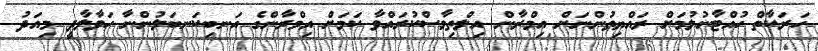
ހަރަކާތް ހުއްޓާނުލުމަށް ރައްޔިތުންނަށް އިމްރާން އިލްތިމާސްކުރައްވާ ކަމަށް އިމްރާންގެ އަނބިކަނބަލުންނާ ހަވާލާދީ މިއަދު